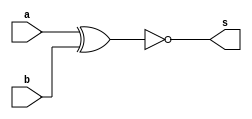
//------
//Exemplo0023
//Andre Campolina
//381237
//-------

//------
//comparador
//------

module halfComparador(output s, input a, input b);

	xnor XNOR1(s,a,b);
		
endmodule


module fullComparador(output s, input[2:0]a, input[2:0]b);
	wire w1;
	halfComparador h0(w1,a[0],b[0]);
	wire w2;
	halfComparador h1(w2,a[1],b[1]);
	wire w3;
	halfComparador h2(w3,a[2],b[2]);
	wire w4;
	and AND1(w4,w1,w2);
	and AND2(s,w4,w3);
	
endmodule

module test_fullComparador;
reg[2:0] x;
reg[2:0] y;
wire comp;

fullComparador f1(comp, x, y);

initial begin
#1 $display("exemplo0023 - Andre Campolina - 381217" );
#1 $display("Full Comparador");

x=3'b010;
y=3'b011;


#4 $display("%3b %3b %b", x, y, comp);
x=3'b011;
y=3'b011;


#4 $display("%3b %3b %b", x, y, comp);


end

endmodule